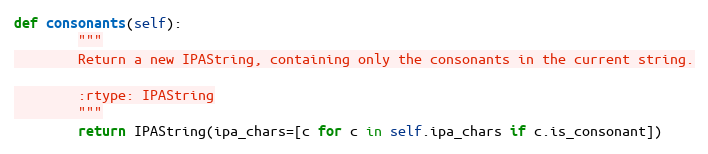
Language: Python
def consonants(self):
        """
        Return a new IPAString, containing only the consonants in the current string.

        :rtype: IPAString
        """
        return IPAString(ipa_chars=[c for c in self.ipa_chars if c.is_consonant])